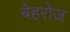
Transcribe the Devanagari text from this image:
बेहरोज